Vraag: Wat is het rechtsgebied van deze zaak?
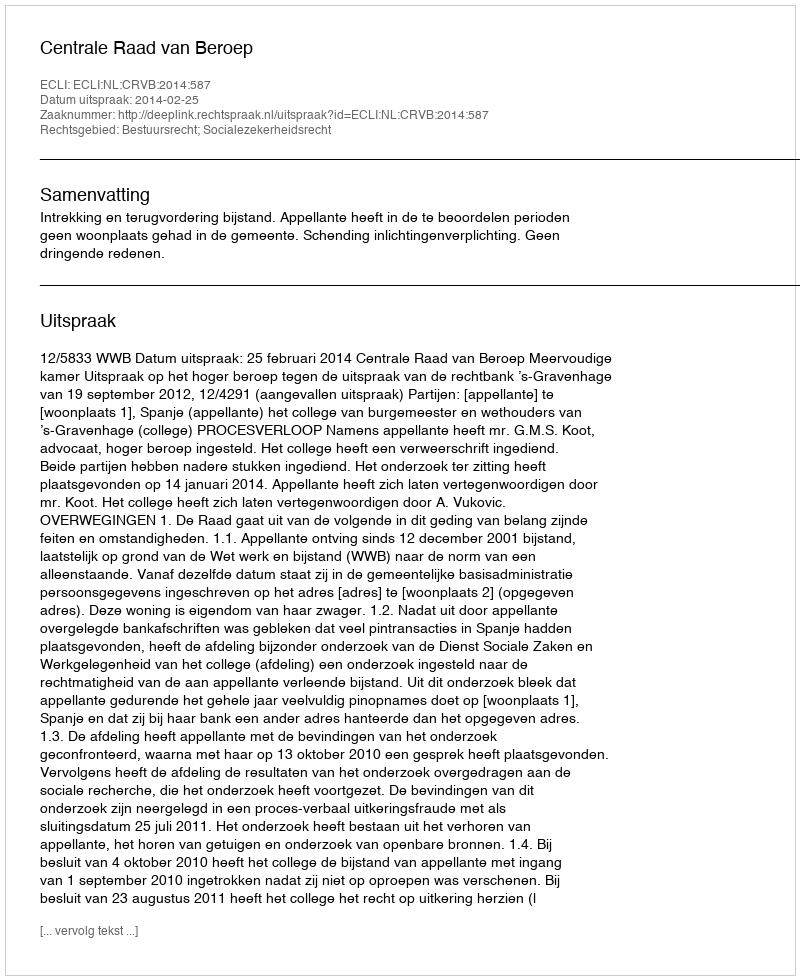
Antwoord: Bestuursrecht; Socialezekerheidsrecht